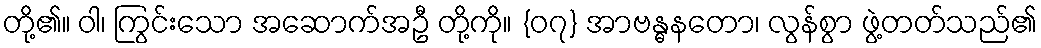
တို့၏။ ဝါ၊ ကြွင်းသော အဆောက်အဦ တို့ကို။ {၀၇} အာဗန္ဓနတော၊ လွန်စွာ ဖွဲ့တတ်သည်၏